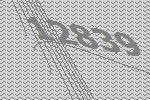
12839